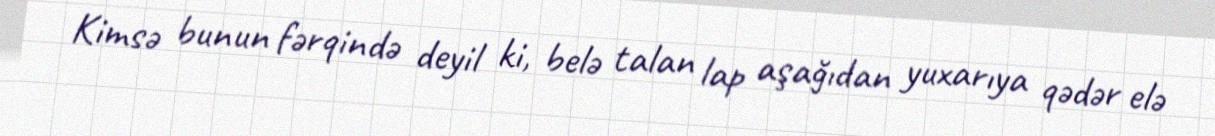
Kimsə bunun fərqində deyil ki, belə talan lap aşağıdan yuxarıya qədər elə